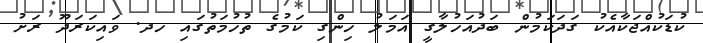
ކުޑަކުއްޖަކާއެކު ގަދަކަމުން ބަދުއަހުލާގީ އަމަލު ހިންގި ކަމުގެ ތުހުމަތުގައި ހދ. ވައިކަރަދޫ ރަށު